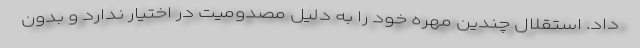
داد. استقلال چندین مهره خود را به دلیل مصدومیت در اختیار ندارد و بدون